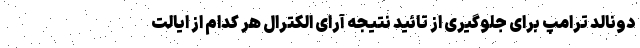
دونالد ترامپ برای جلوگیری از تائید نتیجه آرای الکترال هر کدام از ایالت